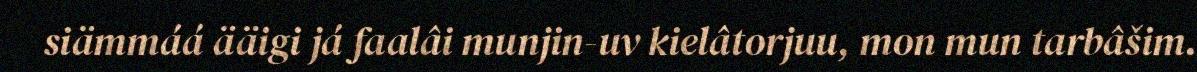
siämmáá ääigi já faalâi munjin-uv kielâtorjuu, mon mun tarbâšim.